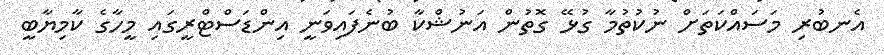
އެނބުރި މަސައްކަތަށް ނުކުތުމާ ގުޅޭ ގޮތުން އަނުޝްކާ ބުނެފައިވަނީ އިންޑަސްޓްރީގައި މީހާގެ ކާމިޔާބީ